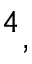
^ 4 ,